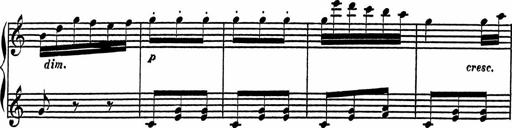
Title: 4 Piano Sonatinas
Composer: Adam Geibel